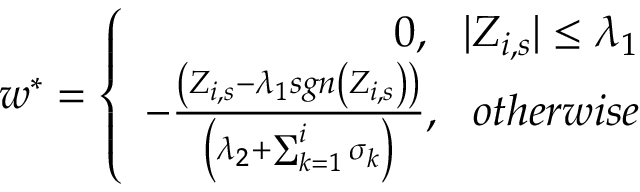
\begin{array} { r } { w ^ { \ast } = \left\{ \begin{array} { r } { 0 , \ \ | Z _ { i , s } | \leq \lambda _ { 1 } } \\ { - \frac { \left( Z _ { i , s } - \lambda _ { 1 } s g n \left( Z _ { i , s } \right) \right) } { \left( \lambda _ { 2 } + \sum _ { k = 1 } ^ { i } \sigma _ { k } \right) } , \ \ o t h e r w i s e } \end{array} \right. } \end{array}